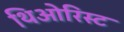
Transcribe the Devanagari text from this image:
थिओरिस्ट